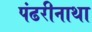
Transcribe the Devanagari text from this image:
पंढरीनाथा